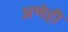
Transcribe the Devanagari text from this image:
अणेही